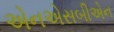
એનએસબીએન